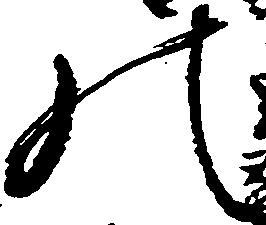
の